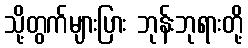
သို့တွက်များပြား ဘုန်းဘုရားတို့